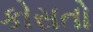
કોસતો